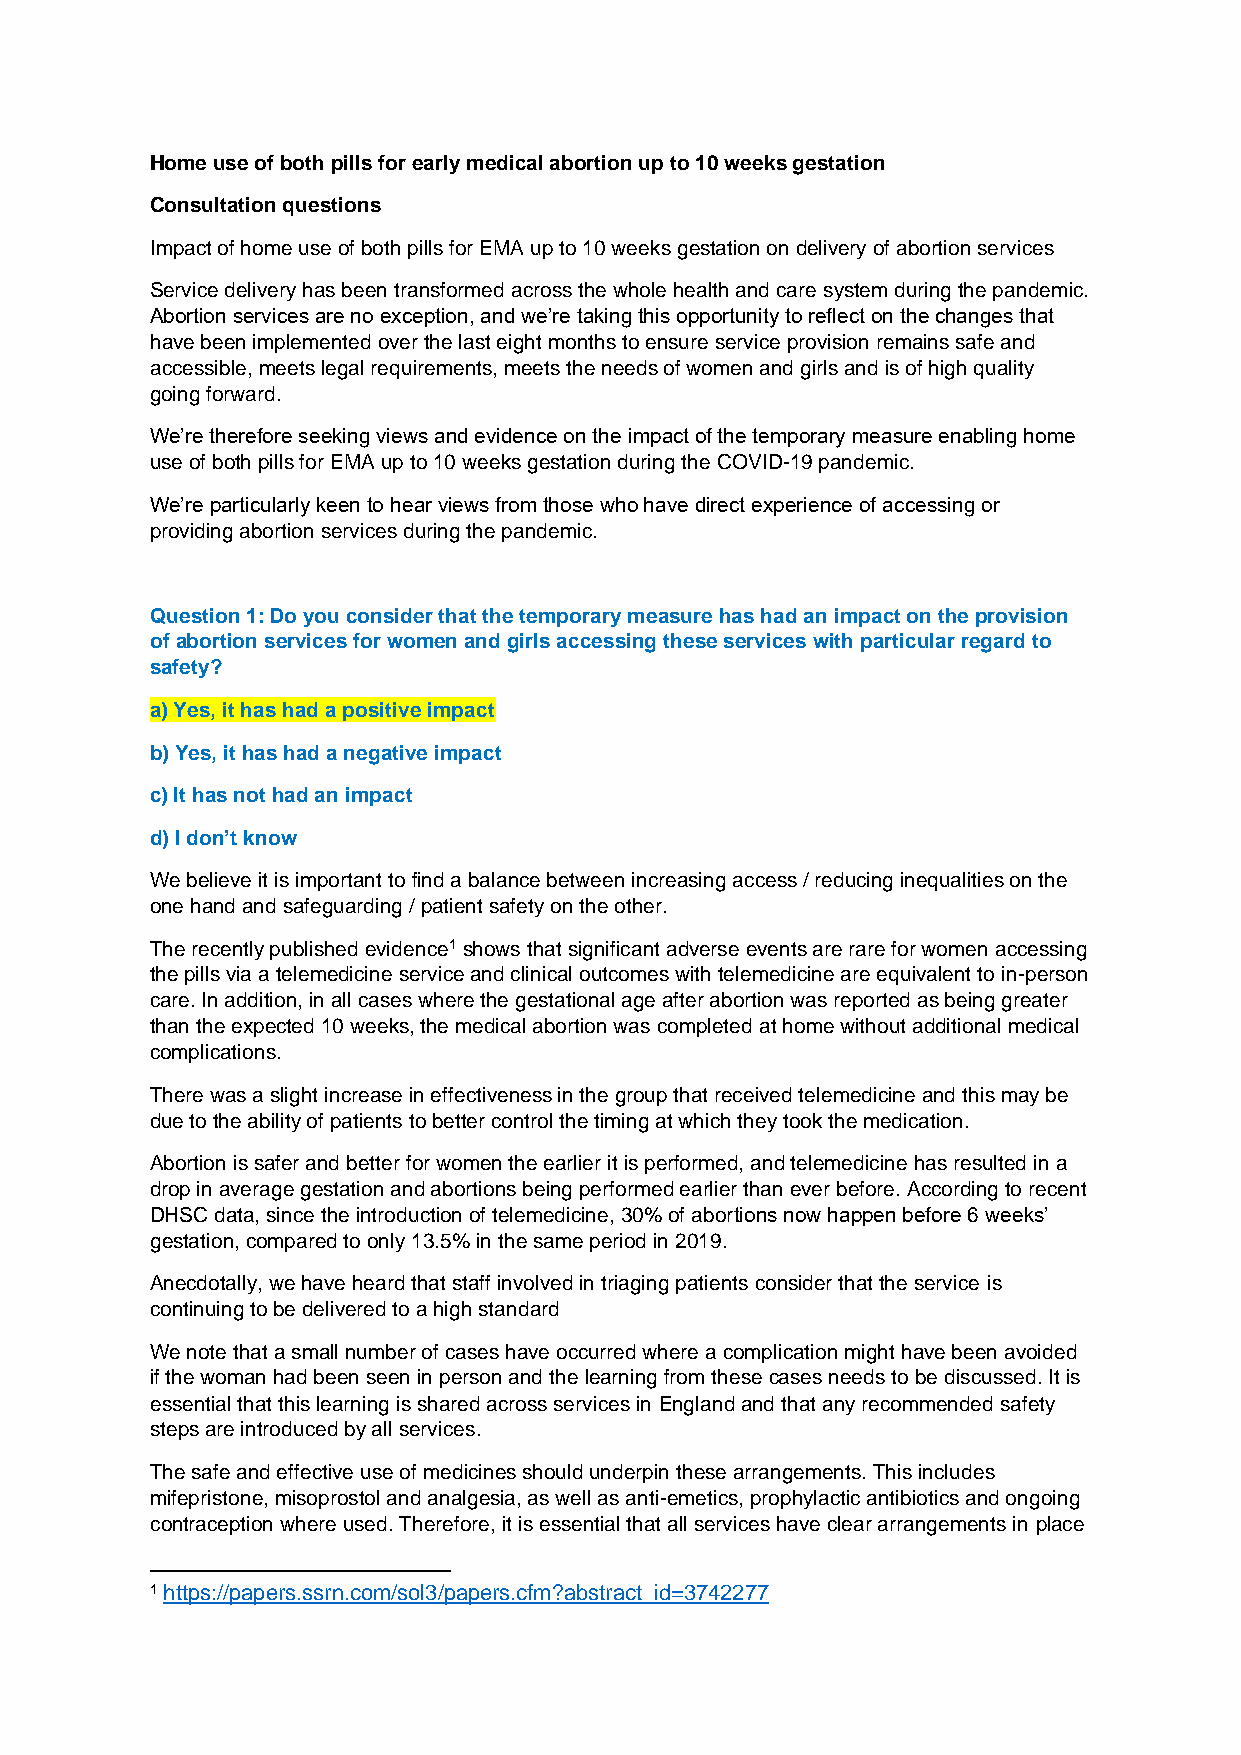
Home use of both pills for early medical abortion up to 10 weeks gestation
 Consultation questions
 Impact of home use of both pills for EMA up to 10 weeks gestation on delivery of abortion services
 Service delivery has been transformed across the whole health and care system during the pandemic.
 Abortion services are no exception, and we’re taking this opportunity to reflect on the changes that
 have been implemented over the last eight months to ensure service provision remains safe and
 accessible, meets legal requirements, meets the needs of women and girls and is of high quality
 going forward.
 We’re therefore seeking views and evidence on the impact of the temporary measure enabling home
 use of both pills for EMA up to 10 weeks gestation during the COVID-19 pandemic.
 We’re particularly keen to hear views from those who have direct experience of accessing or
 providing abortion services during the pandemic.
 Question 1: Do you consider that the temporary measure has had an impact on the provision
 of abortion services for women and girls accessing these services with particular regard to
 safety?
 a) Yes, it has had a positive impact
 b) Yes, it has had a negative impact
 c) It has not had an impact
 d) I don’t know
 We believe it is important to find a balance between increasing access / reducing inequalities on the
 one hand and safeguarding / patient safety on the other.
 The recently published evidence1 shows that significant adverse events are rare for women accessing
 the pills via a telemedicine service and clinical outcomes with telemedicine are equivalent to in-person
 care. In addition, in all cases where the gestational age after abortion was reported as being greater
 than the expected 10 weeks, the medical abortion was completed at home without additional medical
 complications.
 There was a slight increase in effectiveness in the group that received telemedicine and this may be
 due to the ability of patients to better control the timing at which they took the medication.
 Abortion is safer and better for women the earlier it is performed, and telemedicine has resulted in a
 drop in average gestation and abortions being performed earlier than ever before. According to recent
 DHSC data, since the introduction of telemedicine, 30% of abortions now happen before 6 weeks’
 gestation, compared to only 13.5% in the same period in 2019.
 Anecdotally, we have heard that staff involved in triaging patients consider that the service is
 continuing to be delivered to a high standard
 We note that a small number of cases have occurred where a complication might have been avoided
 if the woman had been seen in person and the learning from these cases needs to be discussed. It is
 essential that this learning is shared across services in England and that any recommended safety
 steps are introduced by all services.
 The safe and effective use of medicines should underpin these arrangements. This includes
 mifepristone, misoprostol and analgesia, as well as anti-emetics, prophylactic antibiotics and ongoing
 contraception where used. Therefore, it is essential that all services have clear arrangements in place
 1 https://papers.ssrn.com/sol3/papers.cfm?abstract_id=3742277